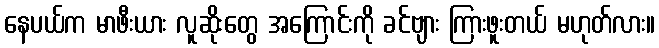
နေပယ်က မာဖီးယား လူဆိုးတွေ အကြောင်းကို ခင်ဗျား ကြားဖူးတယ် မဟုတ်လား။